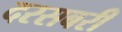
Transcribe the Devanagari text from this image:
दरसबरी